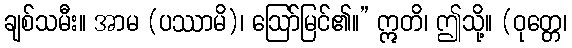
ချစ်သမီး။ အာမ (ပဿာမိ)၊ ဩော်မြင်၏။” ဣတိ၊ ဤသို့။ (ဝုတ္တေ၊